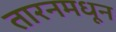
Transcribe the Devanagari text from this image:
तारनमधून